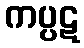
ကပ္ပဋ